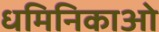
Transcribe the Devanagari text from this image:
धमिनिकाओ